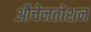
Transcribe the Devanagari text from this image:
औचेनतोशन